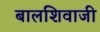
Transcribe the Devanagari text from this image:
बालशिवाजी